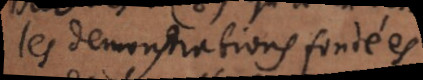
les demonstrations fondées